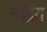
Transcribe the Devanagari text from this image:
केद्रिय